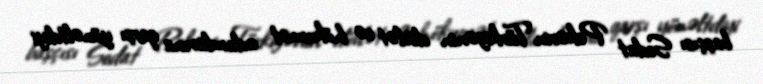
başçısı Sedat Pekərin Türkiyənin dövlət və hökumət adamlarına qarşı yönəltdiyi